Lunatic asylums United Provinces 1909-1921 - 1909-1921
Year: 1909
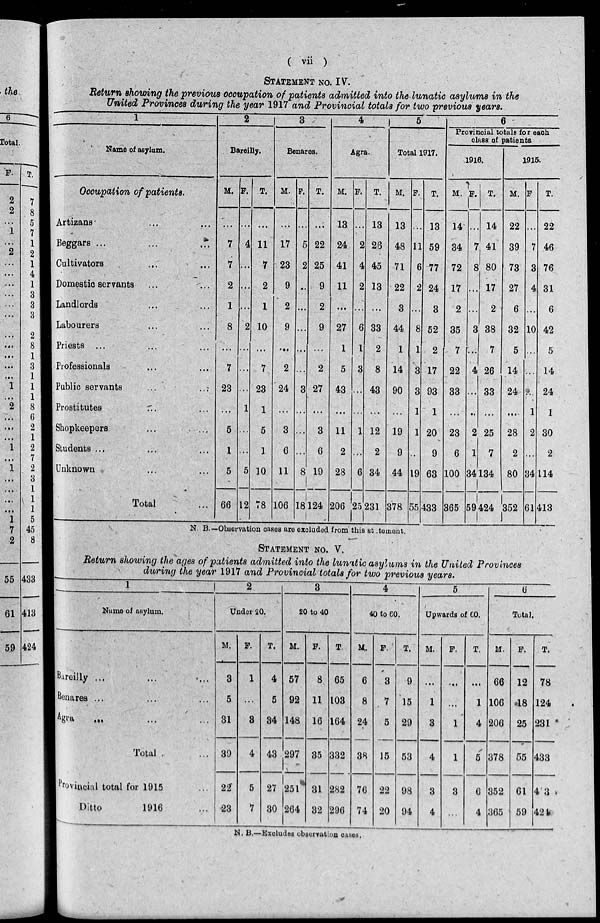
( vii )
STATEMENT NO. IV.
Return showing the previous occupation of patients admitted into the lunatic asylums in the
United Provinces during the year 1917 and Provincial totals for two previous years.
1
Name of asylum.
Occupation of patients.
Artizans ... ...
Beggars ... ... ...
Cultivators ... ...
Domestic servants ...
Landlords ... ...
Labourers ... ...
Priests ... ... ...
Professionals ... ...
Public servants ... ...
Prostitutes ... ...
Shopkeepers ... ...
Students ... ... ...
Unknown ... ...
Total ...
2
Bareilly.
M.
...
7
7
2
1
8
...
7
23
...
5
1
5
66
F.
...
4
...
...
...
2
...
...
...
1
...
...
5
12
T.
...
11
7
2
1
10
...
7
23
1
5
1
10
78
3
Benares.
M.
...
17
23
9
2
9
...
2
24
...
3
6
11
106
F.
...
5
2
...
...
...
...
...
3
...
...
...
8
18
T.
...
22
25
9
2
9
...
2
27
...
3
6
19
124
4
Agra.
M.
13
24
41
11
...
27
1
5
43
...
11
2
28
206
F.
...
2
4
2
...
6
1
3
...
...
1
...
6
25
T.
13
26
45
13
...
33
2
8
43
...
12
2
34
231
5
Total 1917.
M.
13
48
71
22
3
44
1
14
90
...
19
9
44
378
F.
...
11
6
2
...
8
1
3
3
1
1
...
19
55
T.
13
59
77
24
3
52
2
17
93
1
20
9
63
433
6
Provincial totals for each
class of patients.
1916.
M.
14
34
72
17
2
35
7
22
33
...
23
6
100
365
F.
...
7
8
...
...
3
...
4
...
...
2
1
34
59
T.
14
41
80
17
2
38
7
26
33
...
25
7
134
424
1915.
M.
22
39
73
27
6
32
5
14
24
...
28
2
80
352
F.
...
7
3
4
...
10
...
...
...
1
2
...
34
61
T.
22
46
76
31
6
42
5
14
24
1
30
2
114
413
N. B.—Observation cases are excluded from this statement.
STATEMENT NO. V.
Return showing the ages of patients admitted into the lunatic asylums in the United Provinces
during the year 1917 and Provincial totals for two previous years.
1
Name of asylum.
Bareilly ... ... ...
Benares ... ... ...
Agra ... ... ...
Total ...
Provincial total for 1915 ...
Ditto
1916 ...
2
Under 20.
M.
3
5
31
39
22
23
F.
1
...
3
4
5
7
T.
4
5
34
43
27
30
3
20 to 40.
M.
57
92
148
297
251
264
F.
8
11
16
35
31
32
T.
65
103
164
332
282
296
4
40 to 60.
M.
6
8
24
38
76
74
F.
3
7
5
15
22
20
T.
9
15
29
53
98
94
5
Upwards of 60.
M.
...
1
3
4
3
4
F.
...
...
1
1
3
...
T.
...
1
4
5
6
4
6
Total.
M.
66
106
206
378
352
365
F.
12
18
25
55
61
59
T.
78
124
231
433
413
424
N. B.—Excludes observation cases.